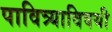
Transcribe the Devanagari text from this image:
पावित्र्याविषयी